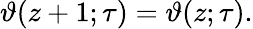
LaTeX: \vartheta(z+1;\tau)=\vartheta(z;\tau).